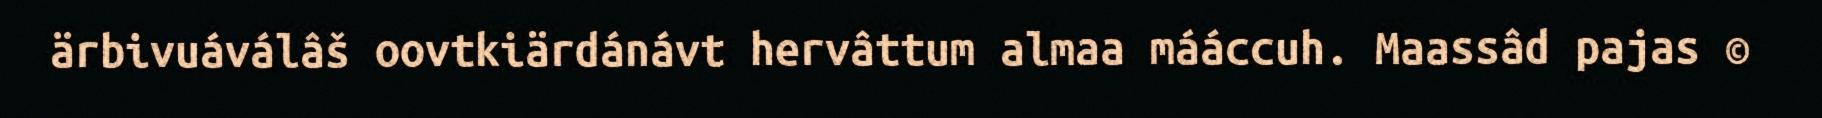
ärbivuáválâš oovtkiärdánávt hervâttum almaa mááccuh. Maassâd pajas ©